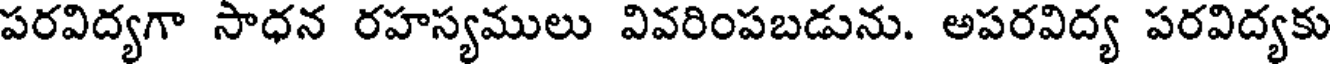
పరవిద్యగా సాధన రహస్యములు వివరింపబడును. అపరవిద్య పరవిద్యకు